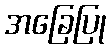
အခြေပြု